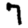
Digit: 7